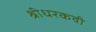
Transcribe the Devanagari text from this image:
श्रीधरकवी